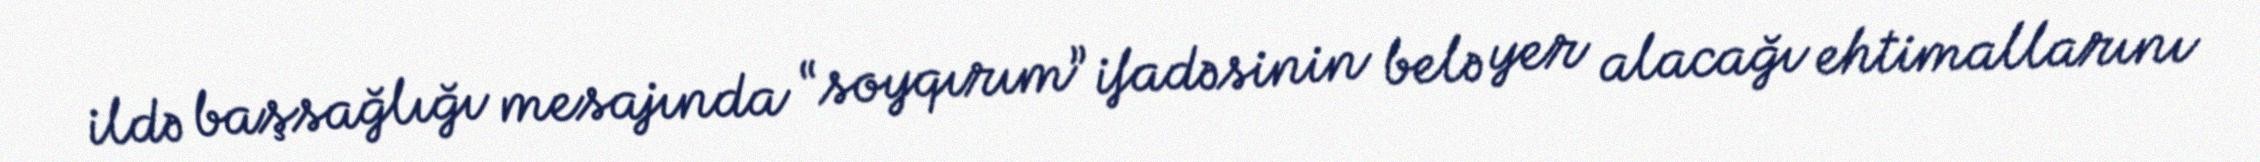
ildə başsağlığı mesajında “soyqırım” ifadəsinin belə yer alacağı ehtimallarını